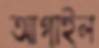
আগাইল